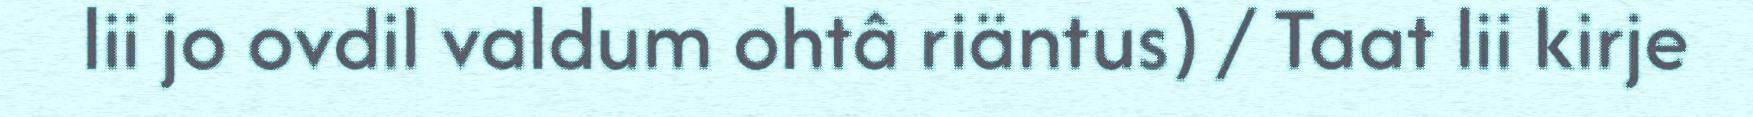
lii jo ovdil valdum ohtâ riäntus) / Taat lii kirje